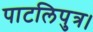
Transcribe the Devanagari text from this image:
पाटलिपुत्र।